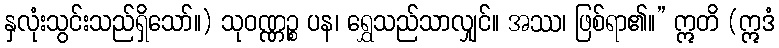
နှလုံးသွင်းသည်ရှိသော်။) သုဝဏ္ဏဉ္စ ပန၊ ရွှေသည်သာလျှင်။ အဿ၊ ဖြစ်ရာ၏။” ဣတိ (ဣဒံ